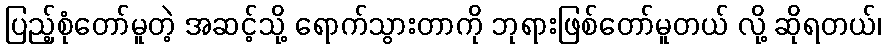
ပြည့်စုံတော်မူတဲ့ အဆင့်သို့ ရောက်သွားတာကို ဘုရားဖြစ်တော်မူတယ် လို့ ဆိုရတယ်၊